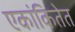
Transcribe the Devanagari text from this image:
एकांकितेत